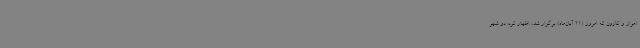
اهواز و کارون که امروز (21 آبان‌ماه) برگزار شد، اظهار کرد: دو شهر